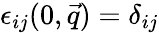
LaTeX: \epsilon_{ij}(0,\vec{q})=\delta_{ij}